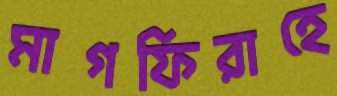
মাগফিরাহে